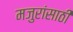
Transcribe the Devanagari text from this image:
मजुरांसाठी